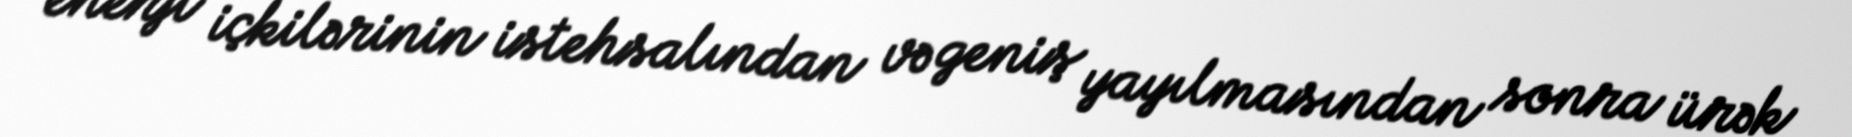
enerji içkilərinin istehsalından və geniş yayılmasından sonra ürək